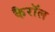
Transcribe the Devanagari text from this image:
कैराॅल